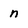
Character: n